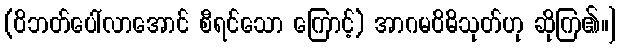
(ဝိဘတ်ပေါ်လာအောင် စီရင်သော ကြောင့်) အာဂမဝိဓိသုတ်ဟု ဆိုကြ၏။]